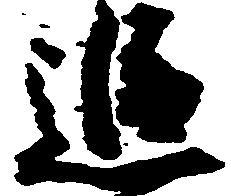
追